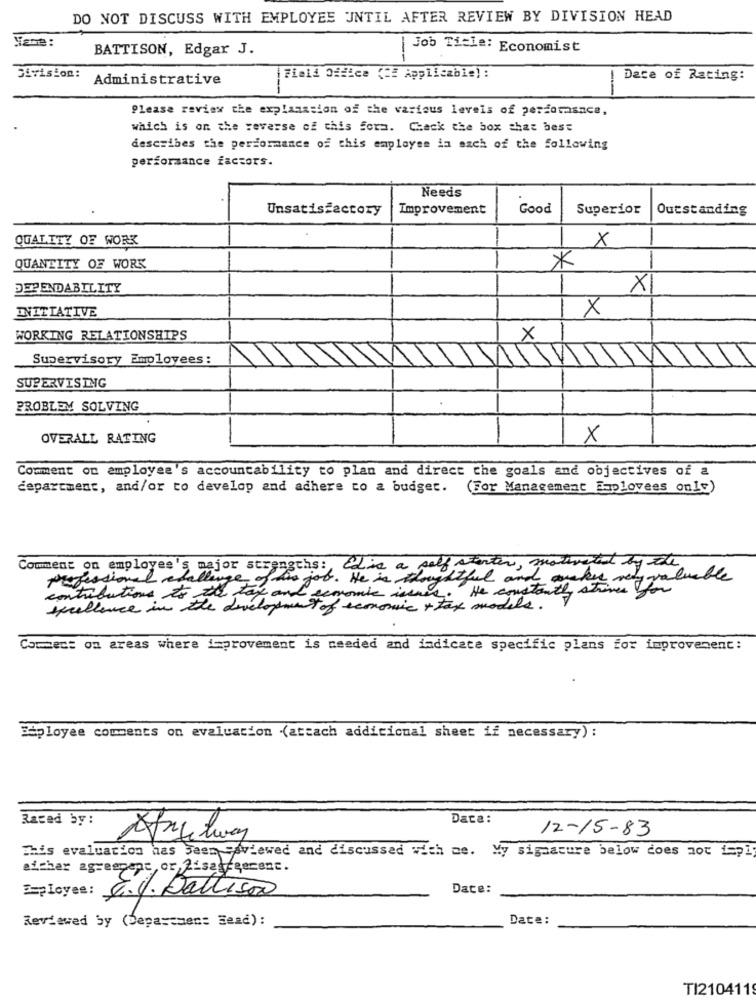
DO NOT DISCUSS WITH EMPLOYEE UNTIL AFTER REVIEW BY DIVISION HEAD
BATTISON, Edgar J.
Job Title: Economist
--
Sivision:
Administrative
|Field Office (22 Applicable) :
Dace of Rating:
---
Please review the explanation of the various levels of performance,
which is on the reverse of this fora. Check the box that best
describes the performance of this employee in each of the following
performance factors.
Needs
Unsatisfactory
Improvement
Good
Superior
Outstanding
QUALITY OF WORK
X
*
QUANTITY OF WORK
--
DEPENDABILITY
X
INITIATIVE
X
WORKING RELATIONSHIPS
X
Supervisory Employees:
T
SUPERVISING
PROBLEM SOLVING
OVERALL RATING
X
Comment on employee's accountability to plan and direct the goals and objectives of a
department, and/or to develop and adhere to a budget. (For Management Eaplovees only)
Comment on employee's major strengths: Edis a self starter , motivated by the
Professional challenge of
estful and waker very valuable
contributions to the tax and economic issues. He constantly strives for
excellence in the development of economic + tax models.
Comment on areas where improvement is needed and indicate specific plans for improvement:
Saployee comments on evaluation (attach additional sheet if necessary) :
Raced by :
Data:
12-15-83
This evaluation has Been viewed and discussed with me. My signature below does not imply
sicher agreement, or,2 sayferenc.
=pLoyee:
Date:
E.J. Dallison
Date:
Reviewed by (Depastaen: Sead):
TI2104119